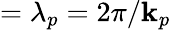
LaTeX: =\lambda_{p}=2\pi/\textbf{k}_{p}